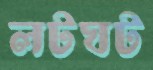
লটঘট